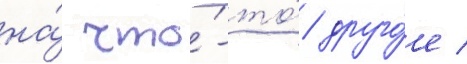
на́ что́-то́ друго́е /